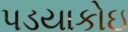
પડયાકોઇ